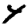
Digit: 4